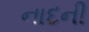
નાદની